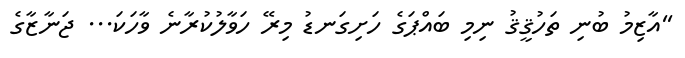
''އާޒިމު ބުނި ތަހުޤީޤު ނިމި ބައްޕަގެ ހަށިގަނޑު މިރޭ ހަވާލުކުރާނެ ވާހަކަ... ޖަނާޒާގެ